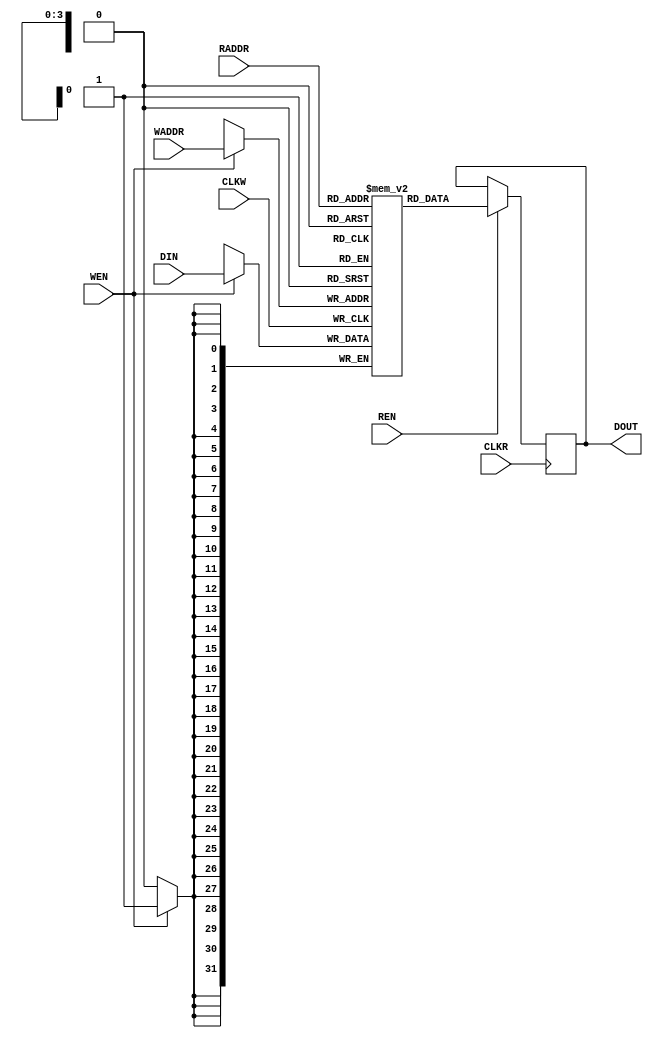
module AsyncMem #(
	parameter WIDTH = 32,                    
	parameter DEPTH = 4
)(
	input               CLKW,
	input               WEN,
	input  [DEPTH-1:0]  WADDR,
	input  [WIDTH-1:0]  DIN,

	input               CLKR,
	input               REN,
	input  [DEPTH-1:0]  RADDR,
	output [WIDTH-1:0]  DOUT  
);

reg [WIDTH-1:0] BRAM [(1<<DEPTH)-1:0];
reg [WIDTH-1:0] out_reg;

always @(posedge CLKW)begin
    if (WEN)begin
		BRAM[WADDR] <= DIN;
	end
end

always @(posedge CLKR)begin
    if (REN)begin
		out_reg <= BRAM[RADDR];
	end
end

assign DOUT = out_reg;

endmodule